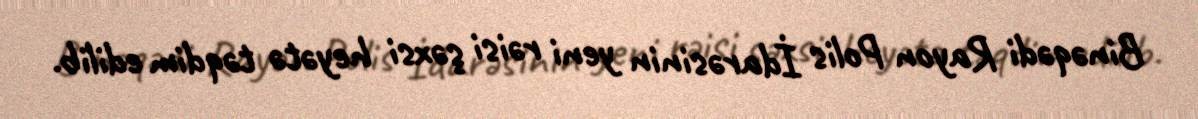
Binəqədi Rayon Polis İdarəsinin yeni rəisi şəxsi heyətə təqdim edilib.